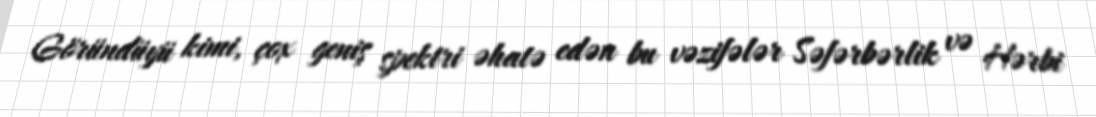
Göründüyü kimi, çox geniş spektri əhatə edən bu vəzifələr Səfərbərlik və Hərbi